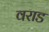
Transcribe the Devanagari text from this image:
वराड